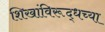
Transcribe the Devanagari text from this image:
शिखांविरूद्धच्या